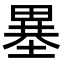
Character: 𤲲